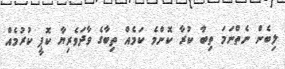
ލިބެން ނެތްނަމަ ތިބާ ކުރާ ކޮންމެ ކަމެއް ތިބާގެ ވާދަވެރިޔާ ކޮޕީ ކުރުމެއް